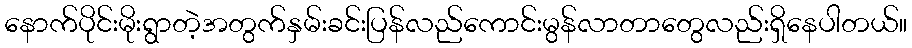
နောက်ပိုင်းမိုးရွာတဲ့အတွက်နှမ်းခင်းပြန်လည်ကောင်းမွန်လာတာတွေလည်းရှိနေပါတယ်။